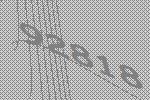
92818